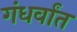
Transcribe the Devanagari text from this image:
गंधर्वांत